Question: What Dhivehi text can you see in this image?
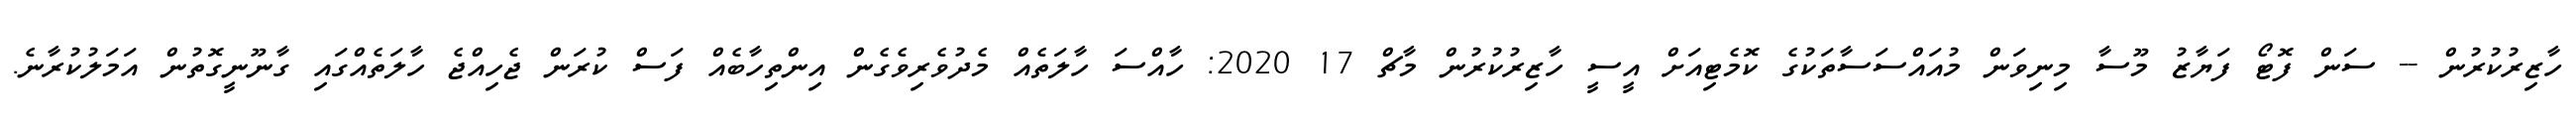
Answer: ހާޒިރުކުރުން -- ސަން ފޮޓޯ ފަޔާޒު މޫސާ މިނިވަން މުއައްސަސާތަކުގެ ކޮމެޓިއަށް އީސީ ހާޒިރުކުރުން މާޗް 17 2020: ހާއްސަ ހާލަތެއް މެދުވެރިވެގެން އިންތިހާބެއް ފަސް ކުރަން ޖެހިއްޖެ ހާލަތެއްގައި ގާނޫނީގޮތުން އަމަލުކުރާނެ.